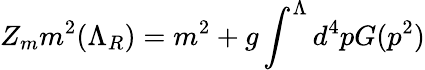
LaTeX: Z_{m}m^{2}(\Lambda_{R})=m^{2}+g\int^{\Lambda}d^{4}pG(p^{2})